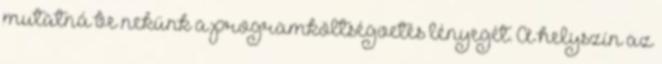
mutatná be nekünk a programköltségvetés lényegét. A helyszín az